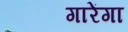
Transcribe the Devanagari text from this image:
गारेंगा